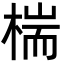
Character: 椯